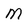
Character: m